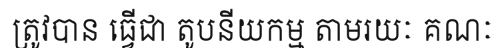
ត្រូវបាន ធ្វើជា តូបនីយកម្ម តាមរយៈ គណៈ